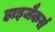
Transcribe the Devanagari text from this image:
हाइजैकर्स